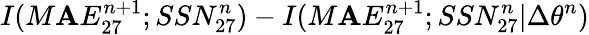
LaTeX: I(M\mathbf{A}E_{27}^{n+1};SSN_{27}^{n})-I(M\mathbf{A}E_{27}^{n+1};SSN_{27}^{n}|\Delta\theta^{n})